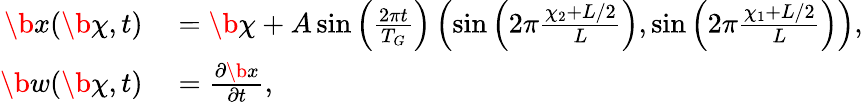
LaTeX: \begin{array}{rl}{\b x(\b\chi,t)}&{{}=\b\chi+A\sin\left(\frac{2\pi t}{T_{G}}\right)\left(\sin\left(2\pi\frac{\chi_{2}+L/2}{L}\right),\sin\left(2\pi\frac{\chi_{1}+L/2}{L}\right)\right),}\\ {\b w(\b\chi,t)}&{{}=\frac{\partial\b x}{\partial t},}\end{array}